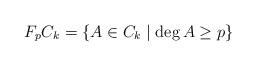
LaTeX: \begin{align*}F_{p}C_{k}=\{A\in C_{k}\mid\deg A\geq p\}\end{align*}